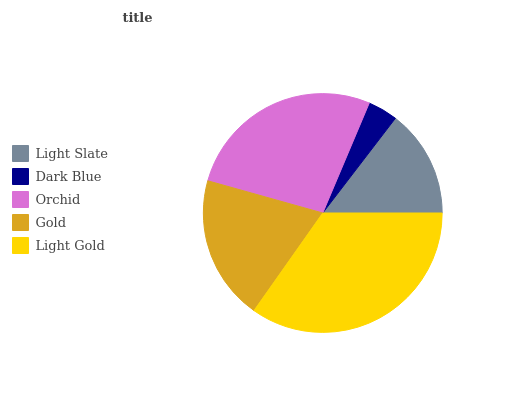
| Light Slate | Dark Blue | Orchid | Gold | Light Gold |
 | --- | --- | --- | --- | --- |
 | 14.6% | 4.04% | 27.1% | 19.6% | 34.7% |